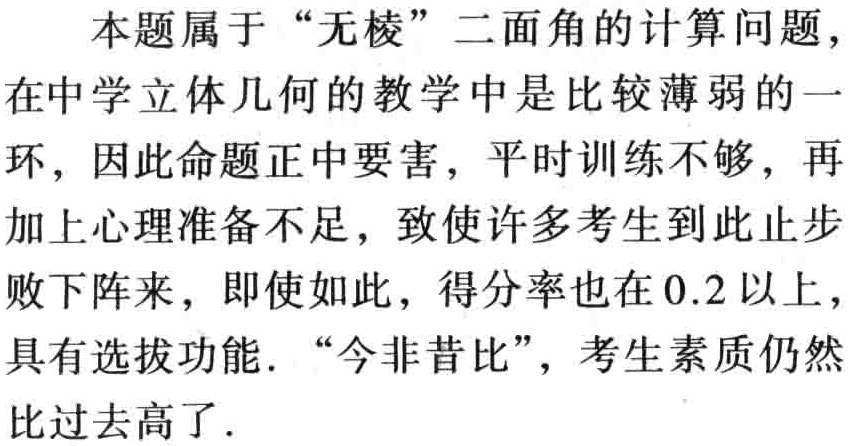
本题属于“无棱”二面角的计算问题，

在中学立体几何的教学中是比较薄弱的一

环，因此命题正中要害，平时训练不够，再

加上心理准备不足，致使许多考生到此止步

败下阵来，即使如此，得分率也在0.2 以上，

具有选拔功能. “今非昔比”，考生素质仍然

比过去高了.